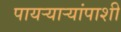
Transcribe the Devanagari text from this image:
पायर्‍यार्‍यांपाशी